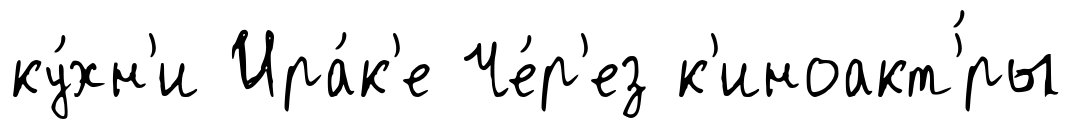
ку́хн'и Ира́к'е Че́р'ез к'иноакт'́ры